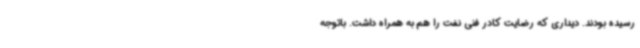
رسیده بودند. دیداری که رضایت کادر فنی نفت را هم به همراه داشت. باتوجه